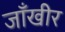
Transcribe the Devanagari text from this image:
जाँखीर